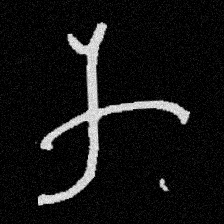
Pyu character \u2014 Myanmar letter: က (romanized: ka)